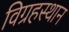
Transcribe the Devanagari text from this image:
विग्रहस्थान